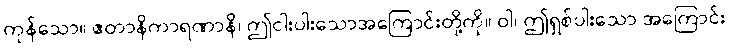
ကုန်သော။ ဧတာနိကာရဏာနိ၊ ဤငါးပါးသောအကြောင်းတို့ကို။ ဝါ၊ ဤရှစ်ပါးသော အကြောင်း